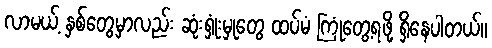
လာမယ့် နှစ်တွေမှာလည်း ဆုံးရှုံးမှုတွေ ထပ်မံ ကြုံတွေ့ရဖို့ ရှိနေပါတယ်။